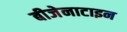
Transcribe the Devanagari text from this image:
बीजेनाटाइन